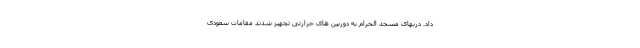
داد. دربهای مسجد الحرام به دوربین های حرارتی تجهیز شدند مقامات سعودی